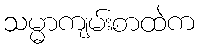
သမ္မာကျမ်းစာထဲက